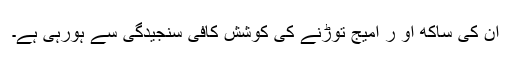
ان کی ساکھ او ر امیج توڑنے کی کوشش کافی سنجیدگی سے ہورہی ہے۔